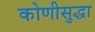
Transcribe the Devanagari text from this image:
कोणीसुद्धा